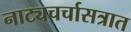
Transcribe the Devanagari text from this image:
नाट्यचर्चासत्रात